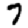
Digit: 7